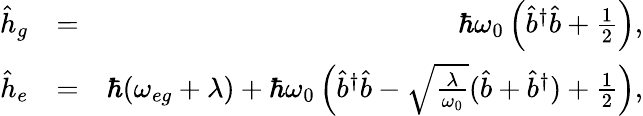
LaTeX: \begin{array}{rlr}{\hat{h}_{g}}&{=}&{\hbar\omega_{0}\left(\hat{b}^{\dagger}\hat{b}+\frac{1}{2}\right),}\\ {\hat{h}_{e}}&{=}&{\hbar(\omega_{eg}+\lambda)+\hbar\omega_{0}\left(\hat{b}^{\dagger}\hat{b}-\sqrt{\frac{\lambda}{\omega_{0}}}(\hat{b}+\hat{b}^{\dagger})+\frac{1}{2}\right),}\end{array}